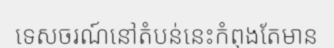
ទេសចរណ៍នៅតំបន់នេះកំពុងតែមាន